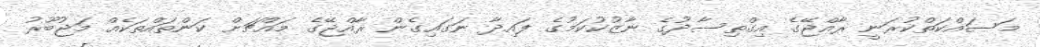
މަސައްކަތްކުރަނީ ރާއްޖޭގެ އިގްތިސާދުގެ ނާޒުކުކަމުގެ ފައިދާ ނަގައިގެން ރާއްޖޭގެ މައްޗަށް ކަންތައްތަކެއް މަޖުބޫރު